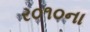
ર૦૧૦ના